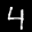
Label: 4